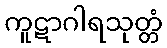
ကူဋာဂါရသုတ္တံ